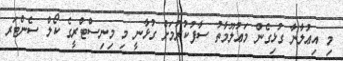
މި އިޢުލާނާ ގުޅިގެން މަޢުލޫމާތު ސާފުކުރުމަށް ގުޅާނީ މި މިނިސްޓްރީގެ ކޯލް ސެންޓަރ